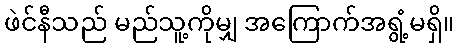
ဖဲင်နီသည် မည်သူ့ကိုမျှ အကြောက်အရွံ့မရှိ။